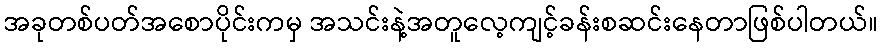
အခုတစ်ပတ်အစောပိုင်းကမှ အသင်းနဲ့အတူလေ့ကျင့်ခန်းစဆင်းနေတာဖြစ်ပါတယ်။